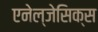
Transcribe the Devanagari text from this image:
एनेल्जेसिक्स